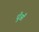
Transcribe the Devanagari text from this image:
धुँआँ